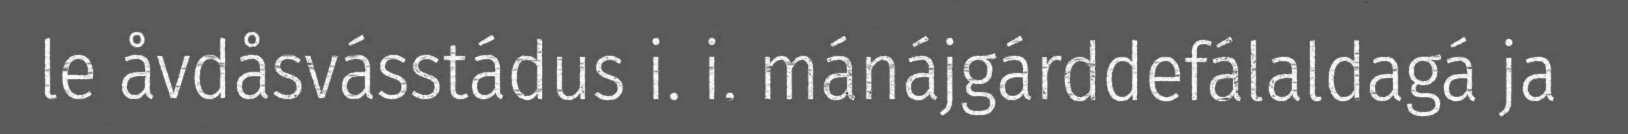
le åvdåsvásstádus i. i. mánájgárddefálaldagá ja